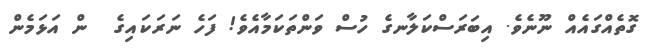
ގޮތެއްގައެއް ނޫނެވެ. އިބަރަސްކަލާނގެ ހުސް ވަންތަކަމާއެވެ! ފަހެ ނަރަކައިގެ  ން އަޅަމެން